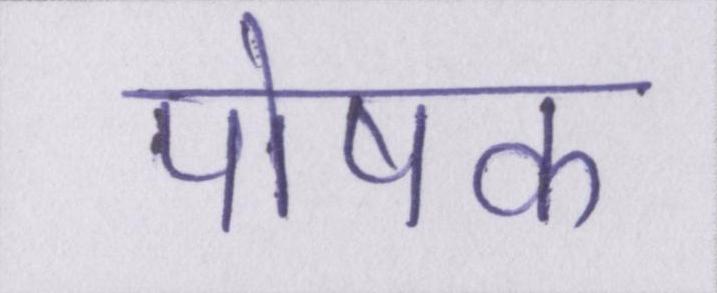
पोषक